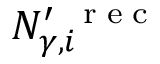
N _ { \gamma , i } ^ { \prime \, \mathrm { ~ \tiny ~ r ~ e ~ c ~ } }